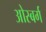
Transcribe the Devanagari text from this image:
ओस्बर्ग